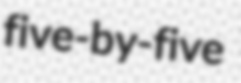
five-by-five